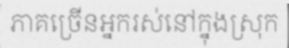
ភាគច្រើនអ្នករស់នៅក្នុងស្រុក